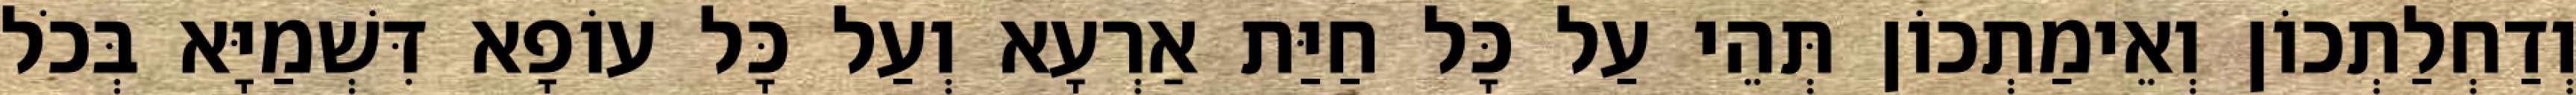
וְדַחְלַתְכוֹן וְאֵימַתְכוֹן תְּהֵי עַל כָּל חַיַּת אַרְעָא וְעַל כָּל עוֹפָא דִּשְׁמַיָּא בְּכֹל